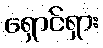
ရှောင်ရှား